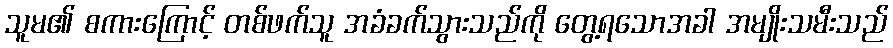
သူမ၏ စကားကြောင့် တစ်ဖက်သူ အခံခက်သွားသည်ကို တွေ့ရသောအခါ အမျိုးသမီးသည်